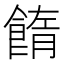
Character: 䭉